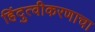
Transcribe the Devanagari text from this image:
हिंदुत्वीकरणाचा